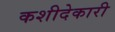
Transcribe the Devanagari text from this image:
कशीदेकारी